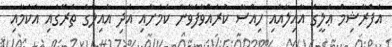
އަފްރާޝިމް ޢަލީގެ އާއިލާއާއި ހިއްސާ ކުރައްވާފަވާނެ ކަމަށާއި އަދި އާއިލާގެ ތެރޭގައި އެކަމާއި